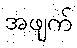
အဖျက်